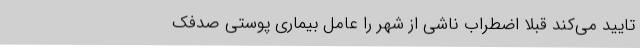
تایید می‌کند قبلاً اضطراب ناشی از شهر را عامل بیماری پوستیِ صدفک‌